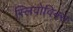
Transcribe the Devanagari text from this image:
स्लिवोविक्स